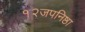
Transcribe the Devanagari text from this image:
१२जपनिष्ठा